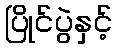
ပြိုင်ပွဲနှင့်